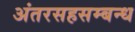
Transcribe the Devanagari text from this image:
अंतरसहसम्बन्ध